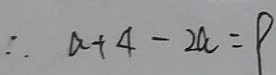
\therefore a + 4 - 2 a = 9